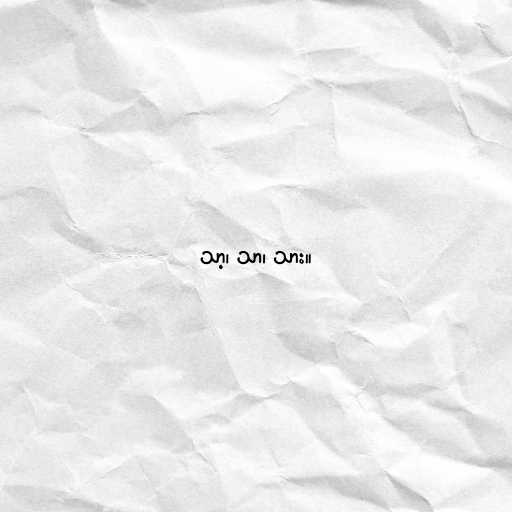
သာ့၊ သာ၊ သား။